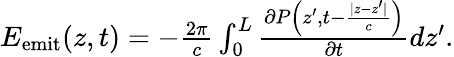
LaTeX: \begin{array}{r}{E_{\mathrm{emit}}(z,t)=-\frac{2\pi}{c}\int_{0}^{L}\frac{\partial P\Big(z^{\prime},t-\frac{|z-z^{\prime}|}{c}\Big)}{\partial t}dz^{\prime}.}\end{array}